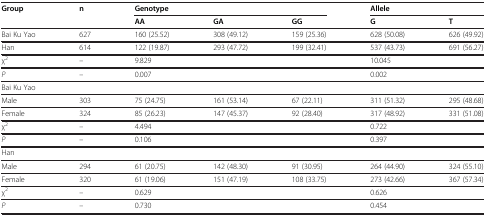
<table><thead><tr><td><b>Group</b></td><td><b>n</b></td><td colspan="3"><b>Genotype</b></td><td colspan="2"><b>Allele</b></td></tr><tr><td><b> </b></td><td><b> </b></td><td><b>AA</b></td><td><b>GA</b></td><td><b>GG</b></td><td><b>G</b></td><td><b>T</b></td></tr></thead><tbody><tr><td>Bai Ku Yao</td><td>627</td><td>160 (25.52)</td><td>308 (49.12)</td><td>159 (25.36)</td><td>628 (50.08)</td><td>626 (49.92)</td></tr><tr><td>Han</td><td>614</td><td>122 (19.87)</td><td>293 (47.72)</td><td>199 (32.41)</td><td>537 (43.73)</td><td>691 (56.27)</td></tr><tr><td>χ<sup>2</sup></td><td>–</td><td colspan="3">9.829</td><td colspan="2">10.045</td></tr><tr><td><i>P</i></td><td>–</td><td colspan="3">0.007</td><td colspan="2">0.002</td></tr><tr><td>Bai Ku Yao</td><td> </td><td> </td><td> </td><td> </td><td> </td><td> </td></tr><tr><td>Male</td><td>303</td><td>75 (24.75)</td><td>161 (53.14)</td><td>67 (22.11)</td><td>311 (51.32)</td><td>295 (48.68)</td></tr><tr><td>Female</td><td>324</td><td>85 (26.23)</td><td>147 (45.37)</td><td>92 (28.40)</td><td>317 (48.92)</td><td>331 (51.08)</td></tr><tr><td>χ<sup>2</sup></td><td>–</td><td colspan="3">4.494</td><td colspan="2">0.722</td></tr><tr><td><i>P</i></td><td>–</td><td colspan="3">0.106</td><td colspan="2">0.397</td></tr><tr><td>Han</td><td> </td><td> </td><td> </td><td> </td><td> </td><td> </td></tr><tr><td>Male</td><td>294</td><td>61 (20.75)</td><td>142 (48.30)</td><td>91 (30.95)</td><td>264 (44.90)</td><td>324 (55.10)</td></tr><tr><td>Female</td><td>320</td><td>61 (19.06)</td><td>151 (47.19)</td><td>108 (33.75)</td><td>273 (42.66)</td><td>367 (57.34)</td></tr><tr><td>χ<sup>2</sup></td><td>–</td><td colspan="3">0.629</td><td colspan="2">0.626</td></tr><tr><td><i>P</i></td><td>–</td><td colspan="3">0.730</td><td colspan="2">0.454</td></tr></tbody></table>